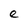
Character: e